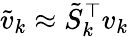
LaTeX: \tilde{v}_{k}\approx\tilde{S}_{k}^{\top}v_{k}